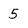
Character: 5